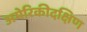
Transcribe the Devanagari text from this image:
अमेरिकीदक्षिण